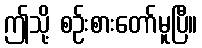
ဤသို့ စဉ်းစားတော်မူပြီ။